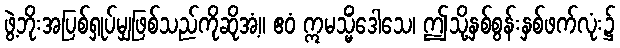
ဖွဲ့ဘိုးအပြစ်ရှုပ်မျှဖြစ်သည်ကိုဆိုအံ့။ ဧဝံ ဣမသ္မိံဒေါသေ၊ ဤသို့နှစ်စွန်းနှစ်ဖက်လုံး၌